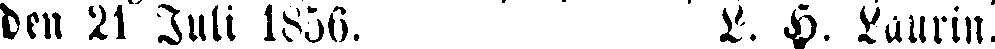
den 21 Juli 1856. L. H. Laurin.